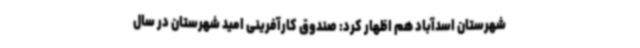
شهرستان اسدآباد هم اظهار کرد: صندوق کارآفرینی امید شهرستان در سال